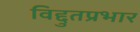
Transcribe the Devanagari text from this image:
विद्दुतप्रभार